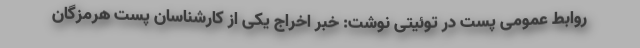
روابط عمومی پست در توئیتی نوشت: خبر اخراج یکی از کارشناسان پست هرمزگان